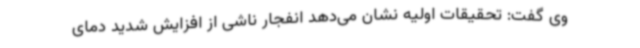
وی گفت: تحقیقات اولیه نشان می‌دهد انفجار ناشی از افزایش شدید دمای